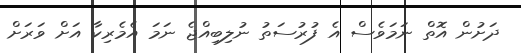
ދަށުން އޮތް ނަމަވެސް އެ ފުރުސަތު ނުލިބިއްޖެ ނަމަ އެމެރިކާ އަށް ވަރަށް